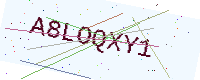
Text: A8LOQXY1